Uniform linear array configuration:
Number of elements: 8
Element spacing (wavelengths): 0.25
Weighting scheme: hamming
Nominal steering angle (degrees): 30
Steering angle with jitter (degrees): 31.96
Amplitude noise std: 0.05
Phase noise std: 0.05

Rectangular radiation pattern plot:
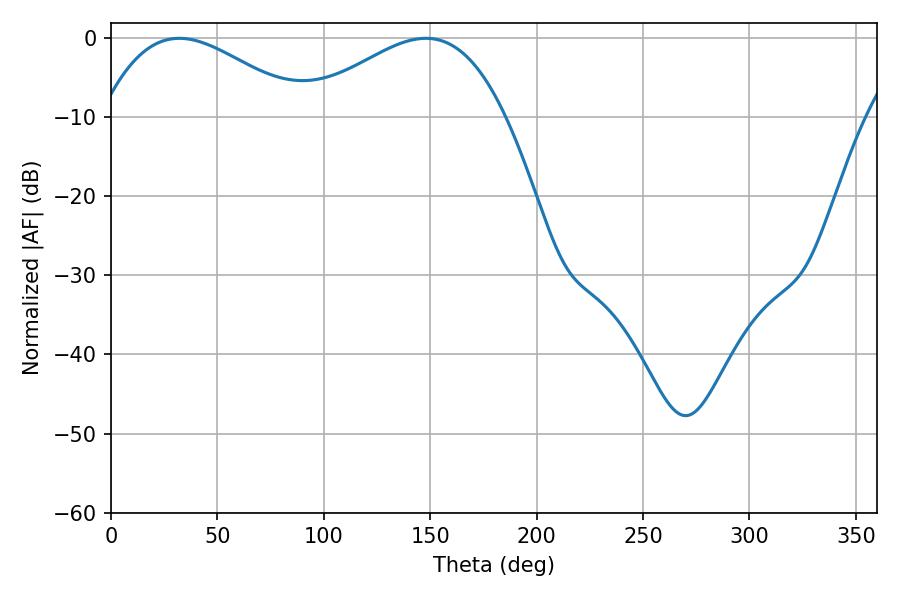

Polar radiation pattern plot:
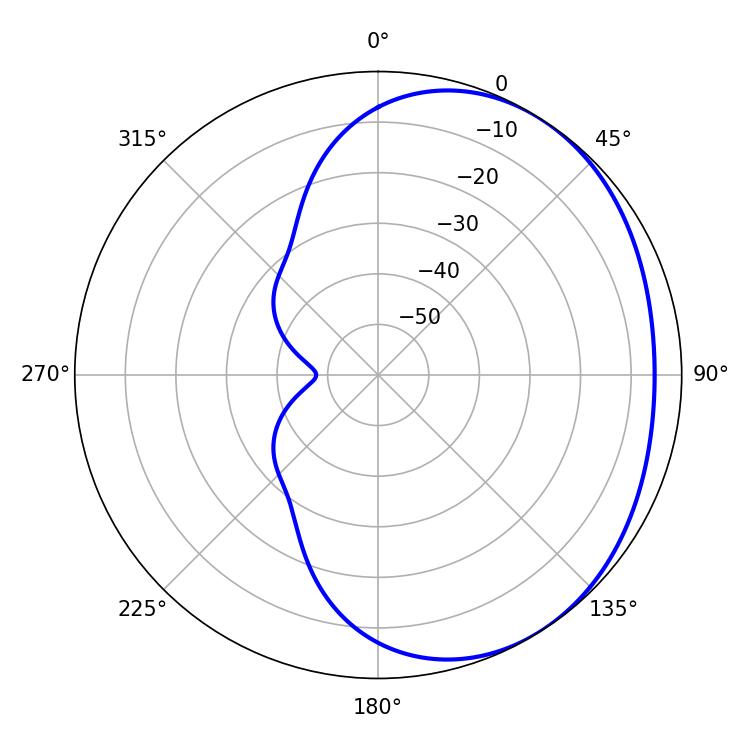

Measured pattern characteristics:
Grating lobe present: FALSE
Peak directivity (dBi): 2.39
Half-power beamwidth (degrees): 51.66
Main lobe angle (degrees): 32.04